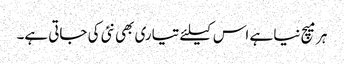
ہر میچ نیا ہے اس کیلئے تیاری بھی نئی کی جاتی ہے۔